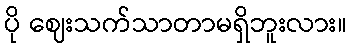
ပို ဈေးသက်သာတာမရှိဘူးလား။